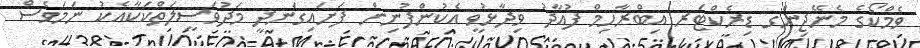
ވެމްކޯގެ މެނޭޖިންގ ޑިރެކްޓަރ އިބްރާހިމް ފުއާދު ވިދާޅުވީ އެކުންފުނިން ފަށައިގަނދީ މަދުވަސީލަތްކަކާއެކު ނަމަވެސް